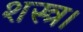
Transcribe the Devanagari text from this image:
शस्त्र।